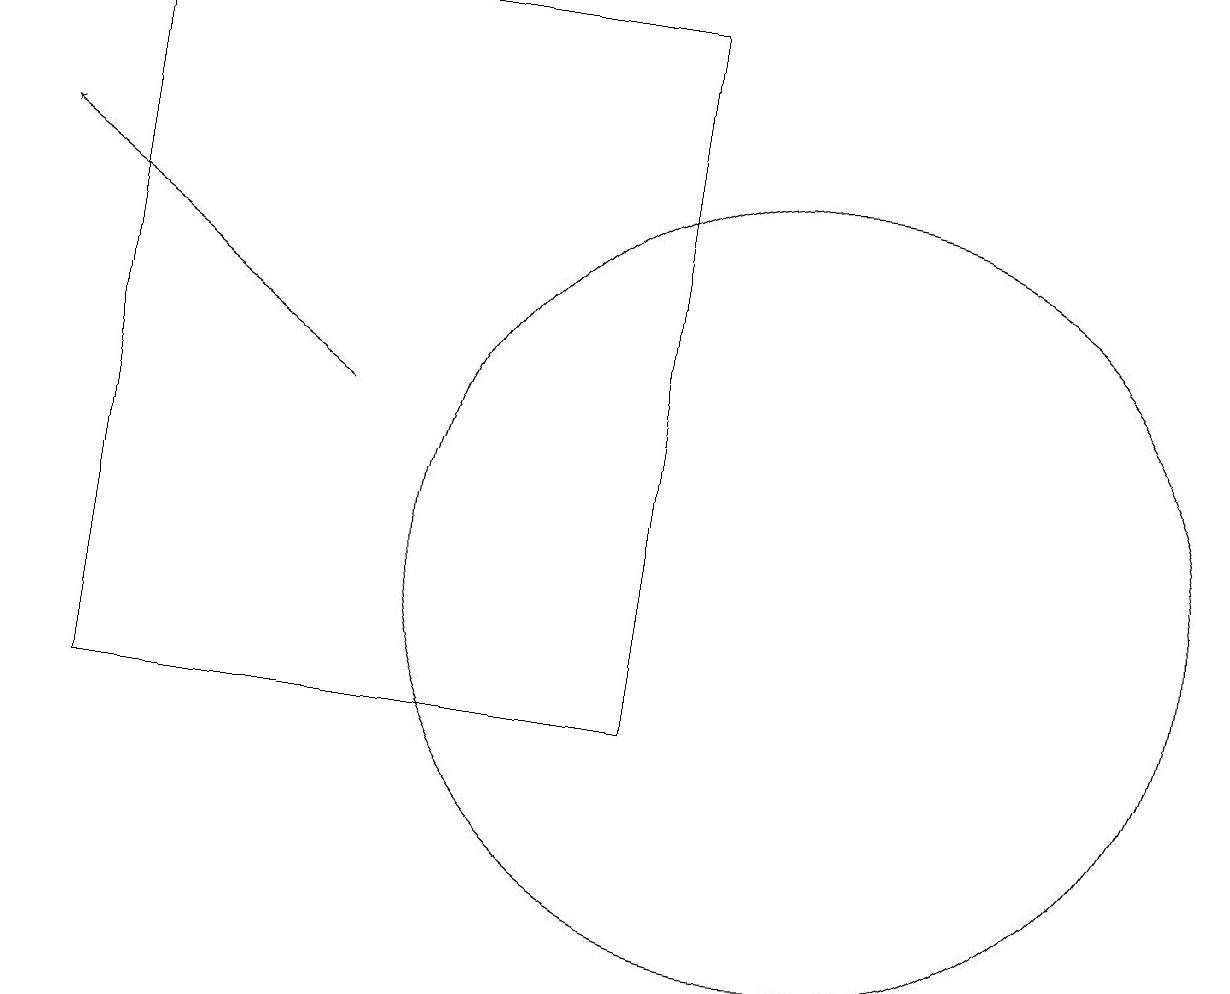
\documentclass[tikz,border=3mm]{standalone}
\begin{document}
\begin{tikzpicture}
\draw (10,12) circle (5);
\draw (8,10) rectangle (1,19);
\draw[->] (4,14) -- (0,17);
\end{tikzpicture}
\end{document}